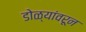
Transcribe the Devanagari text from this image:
डोळ्यांवरून